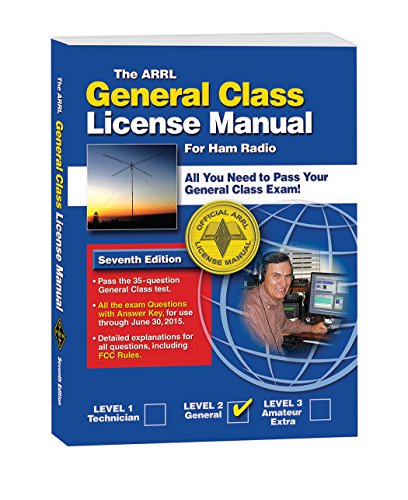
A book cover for General Class License Manual (Arrl General Class License Manual for the Radio Amateur); ARRL Inc.; Humor & Entertainment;